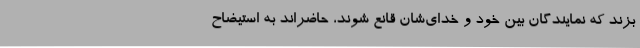
بزند که نمایندگان بین خود و خدای‌شان قانع شوند، حاضراند به استیضاح